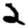
Digit: 2